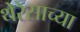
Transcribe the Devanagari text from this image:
थेरेसाच्या